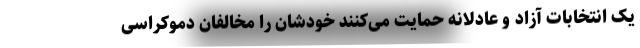
یک انتخابات آزاد و عادلانه حمایت می‌کنند خودشان را مخالفان دموکراسی